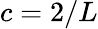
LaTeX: c=2/L